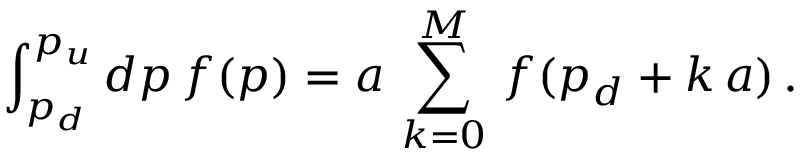
\int _ { p _ { d } } ^ { p _ { u } } d p \, f ( p ) = a \, \sum _ { k = 0 } ^ { M } \, f ( p _ { d } + k \, a ) \, .